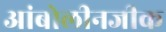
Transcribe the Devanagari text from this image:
आंबोलीनजीक